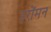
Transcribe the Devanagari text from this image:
इरोंमन